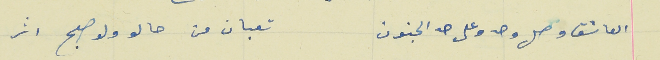
العاشق وصل وحدو على حد الجنون                      تعبان من حالو ولو صبح اثر